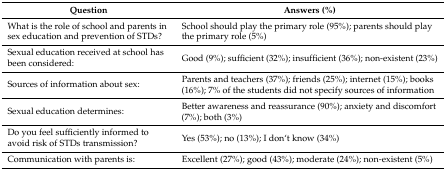
| Question | Answers (%) |
 | --- | --- |
 | What is the role of school and parents in sex education and prevention of STDs? | School should play the primary role (95%); parents should play the primary role (5%) |
 | Sexual education received at school has been considered: | Good (9%); sufficient (32%); insufficient (36%); non-existent (23%) |
 | Sources of information about sex: | Parents and teachers (37%); friends (25%); internet (15%); books (16%); 7% of the students did not specify sources of information |
 | Sexual education determines: | Better awareness and reassurance (90%); anxiety and discomfort (7%); both (3%) |
 | Do you feel sufficiently informed to avoid risk of STDs transmission? | Yes (53%); no (13%); I don‘t know (34%) |
 | Communication with parents is: | Excellent (27%); good (43%); moderate (24%); non-existent (5%) |